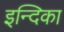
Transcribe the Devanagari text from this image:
इन्दिका